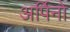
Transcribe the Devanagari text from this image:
अर्पिनो